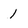
Character: 1